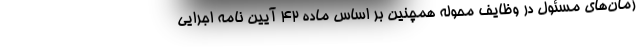
زمان‌های مسئول در وظایف محوله همچنین بر اساس ماده ۴۲ آیین نامه اجرایی